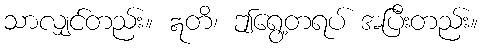
သာလျှင်တည်း။ ဣတိ၊ ဤရွေ့တရပ် အပြီးတည်း။